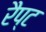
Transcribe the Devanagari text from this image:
रैप्ट